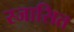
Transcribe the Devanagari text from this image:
स्जासित